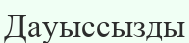
Дауыссызды